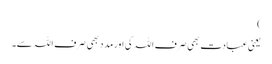
)
یعنی عبادت بھی صرف اللہ کی اور مدد بھی صرف اللہ سے۔